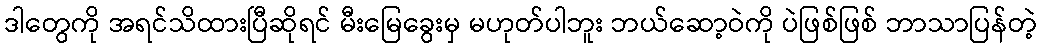
ဒါတွေကို အရင်သိထားပြီဆိုရင် မီးမြေခွေးမှ မဟုတ်ပါဘူး ဘယ်ဆော့ဝဲကို ပဲဖြစ်ဖြစ် ဘာသာပြန်တဲ့